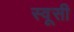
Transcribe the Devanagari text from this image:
स्वूसी